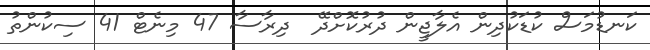
ކަނޑުމަސް ކުޑަކުދިން އެލާޖީން ދުރުކޮށްދޭ  ދިރާސާ 47 މިނެޓް 41 ސިކުންތު